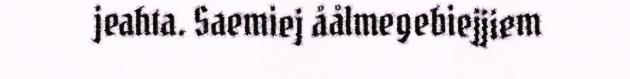
jeahta. Saemiej åålmegebiejjiem